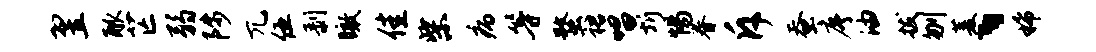
翌觚芒弱陟兀伍剥瞰佳柴病等蝥裙唱圻惕眷斥蚕序油拔刎菱、稀